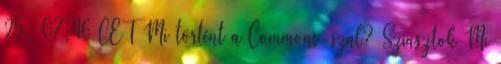
25., 07:46 CET Mi történt a Commons-szal? Sziasztok Mi